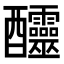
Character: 𨤍